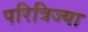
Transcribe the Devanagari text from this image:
परित्रिज्या